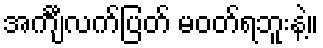
အင်္ကျီလက်ပြတ် မဝတ်ရဘူးနဲ့။